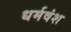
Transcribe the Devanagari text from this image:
धर्मवंश